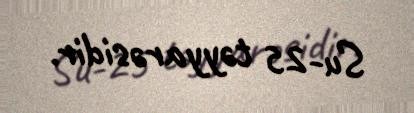
Su-25 təyyarəsidir.